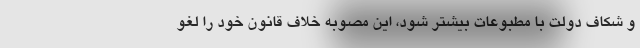
و شکاف دولت با مطبوعات بیشتر شود، این مصوبه خلاف قانون خود را لغو